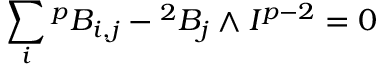
\sum _ { i } { ^ { p } B _ { i , j } } - { } ^ { 2 } B _ { j } \wedge I ^ { p - 2 } = 0